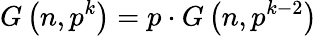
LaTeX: G\left(n,p^{k}\right)=p\cdot G\left(n,p^{k-2}\right)